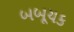
બબૂચક